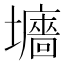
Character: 𡓜